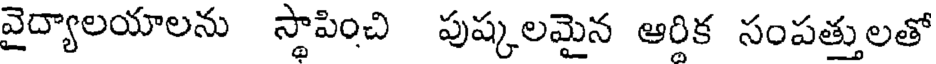
వైద్యాలయాలను స్థాపించి పుష్కలమైన ఆరిక సంపత్తులతో